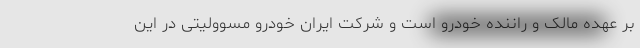
بر عهده مالک و راننده خودرو است و شرکت ایران خودرو مسوولیتی در این